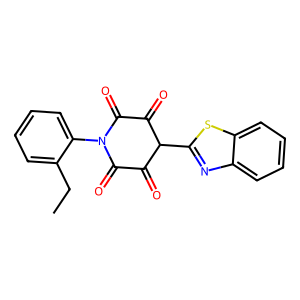
SMILES: CCc1ccccc1N1C(=O)C(=O)C(c2nc3ccccc3s2)C(=O)C1=O
Inhibits HIV replication: No